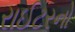
રાઈટરનો